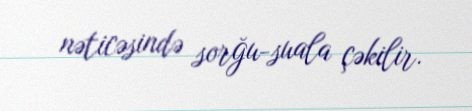
nəticəsində sorğu-suala çəkilir.